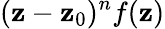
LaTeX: (\mathbf{z}-\mathbf{z}_{0})^{n}f(\mathbf{z})